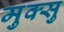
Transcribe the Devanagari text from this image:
मुक्सु